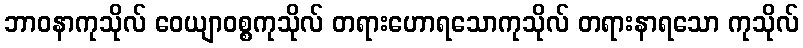
ဘာဝနာကုသိုလ် ဝေယျာဝစ္စကုသိုလ် တရားဟောရသောကုသိုလ် တရားနာရသော ကုသိုလ်